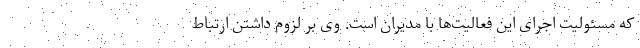
که مسئولیت اجرای این فعالیت‌ها با مدیران است. وی بر لزوم داشتن ارتباط